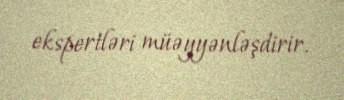
ekspertləri müəyyənləşdirir.